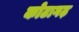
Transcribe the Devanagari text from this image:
कोटागढ़